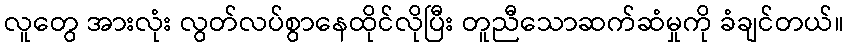
လူတွေ အားလုံး လွတ်လပ်စွာနေထိုင်လိုပြီး တူညီသောဆက်ဆံမှုကို ခံချင်တယ်။